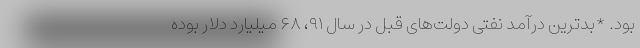
بود. *بدترین درآمد نفتی دولت‌های قبل در سال ۹۱، ۶۸ میلیارد دلار بوده